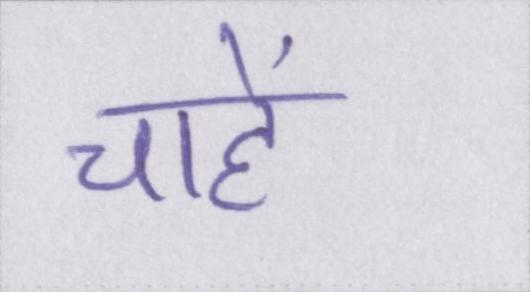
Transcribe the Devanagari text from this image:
चाहें